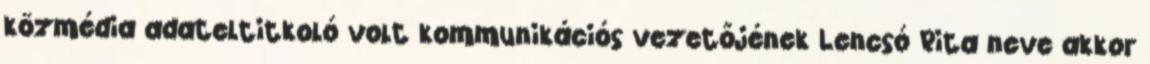
közmédia adateltitkoló volt kommunikációs vezetőjének Lencsó Rita neve akkor